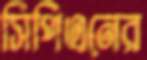
সিপিএনের